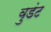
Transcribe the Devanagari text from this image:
वुडंट